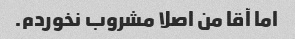
اما آقا من اصلا مشروب نخوردم.